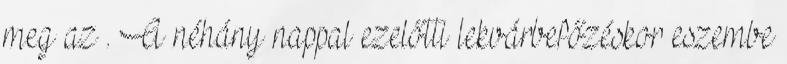
meg az . A néhány nappal ezelőtti lekvárbefőzéskor eszembe